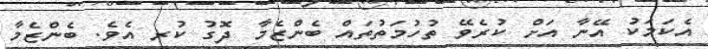
އެކަމަކު އޭނާ އަށް ކުރެވޭ ތުހުމަތުތައް ބެންޒެމާ ދޮގު ކުރ އެވެ. ބެންޒެމާ